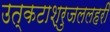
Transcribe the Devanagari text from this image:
उत्कटाश्रुजललहरी